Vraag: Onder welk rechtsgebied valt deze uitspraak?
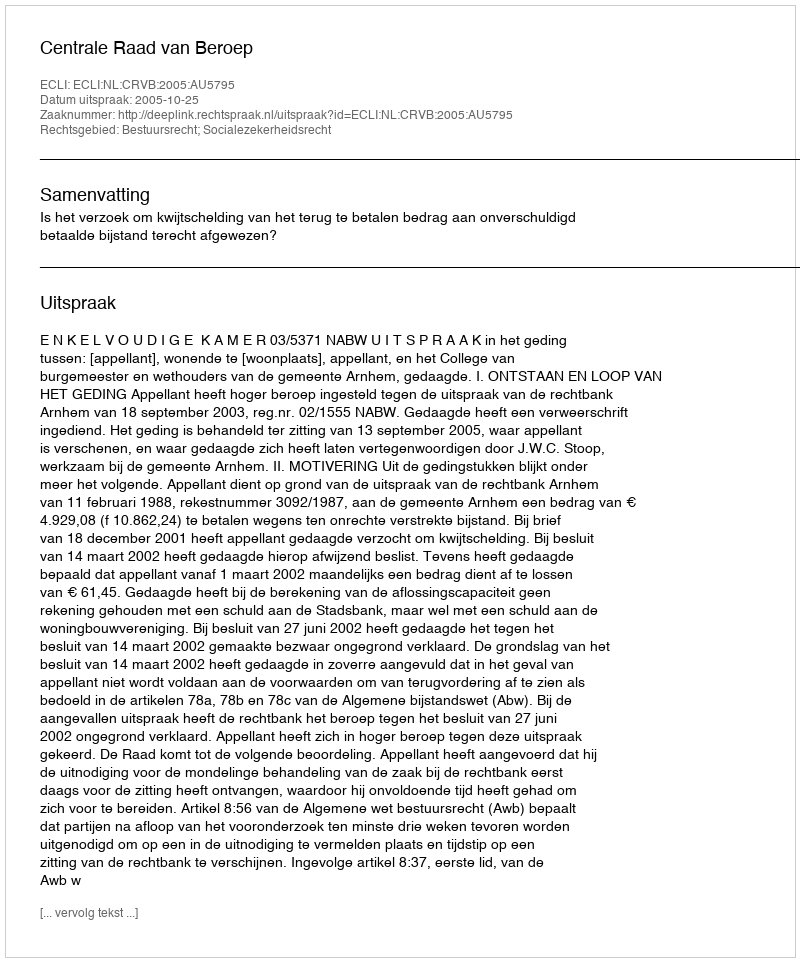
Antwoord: Bestuursrecht; Socialezekerheidsrecht